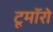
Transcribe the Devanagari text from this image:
टूमॉरो